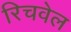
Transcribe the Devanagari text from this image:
रिचवेल